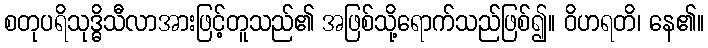
စတုပရိသုဒ္ဓိသီလာအားဖြင့်တူသည်၏ အဖြစ်သို့ရောက်သည်ဖြစ်၍။ ဝိဟရတိ၊ နေ၏။